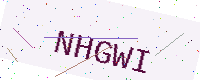
Text: NHGWI